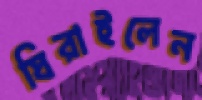
ঘিরাইলেন